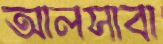
আলসাবা